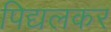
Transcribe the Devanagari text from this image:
पिद्यलकर